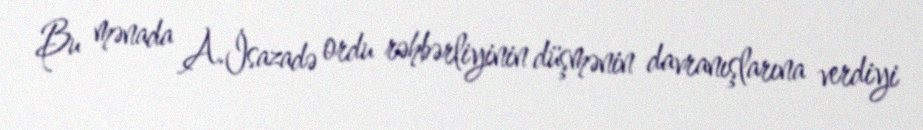
Bu mənada A.İsazadə ordu rəhbərliyinin düşmənin davranışlarına verdiyi